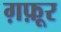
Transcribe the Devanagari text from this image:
ग़फ़ूर